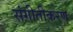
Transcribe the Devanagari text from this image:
संगीतीकरण